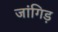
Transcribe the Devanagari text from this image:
जांगिड़